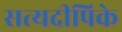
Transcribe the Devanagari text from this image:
सत्यदीपिके